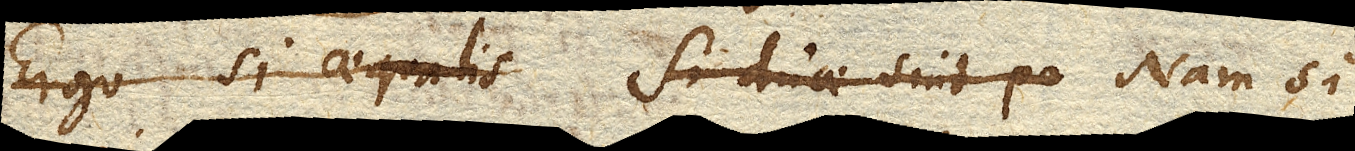
Ergo si aequalis Si duae sint po Nam si